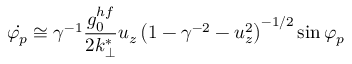
\dot { \varphi _ { p } } \cong \gamma ^ { - 1 } \frac { g _ { 0 } ^ { h f } } { 2 k _ { \perp } ^ { * } } u _ { z } \left( 1 - \gamma ^ { - 2 } - u _ { z } ^ { 2 } \right) ^ { - 1 / 2 } \sin \varphi _ { p }